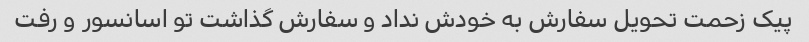
پیک زحمت تحویل سفارش به خودش نداد و سفارش گذاشت تو اسانسور و رفت